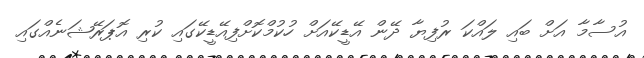
އުސާމާ އަށް ބައި ލައްކަ ރުފިޔާ ދޭން އޭޑީކޭއަށް ހުކުމްކޮށްފިއޭޑީކޭގައި ކުރި އޮޕަރޭޝަނެއްގައި